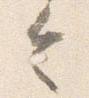
令